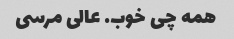
همه چی خوب. عالی مرسی